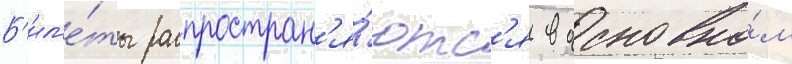
Б'ил'е́ты распростран'я́ютс'я в основно́м